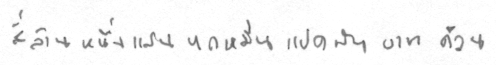
สี่ล้านหนึ่งแสนหกหมื่นแปดพันบาทถ้วน